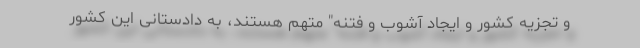
و تجزیه کشور و ایجاد آشوب و فتنه" متهم هستند، به دادستانی این کشور